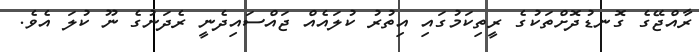
ރާއްޖޭގެ ގޮނޑުދޮށްތަކުގެ ރީތިކަމުގައި އިތުރު ކުލައެއް ޖައްސައިދެނީ ރެދަނުގެ ނޫ ކުލަ އެވެ.